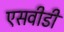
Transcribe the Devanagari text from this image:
एसवीडी